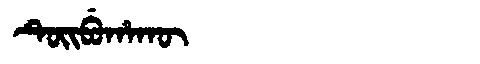
Manchu: ᡨᡠᡳᠪᡠᡥᠠᡴᡡ
Romanization: TUIBUHAKŪ